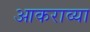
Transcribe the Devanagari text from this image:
आकराव्या